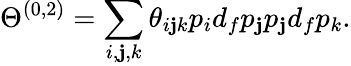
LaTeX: \Theta^{(0,2)}=\sum_{i,\mathbf{j},k}\theta_{i\mathbf{j}k}p_{i}d_{f}p_{\mathbf{j}}p_{\mathbf{j}}d_{f}p_{k}.